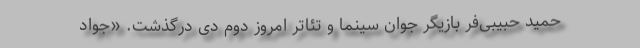
حمید حبیبی‌فر بازیگر جوان سینما و تئاتر امروز دوم دی درگذشت. «جواد